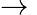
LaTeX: \rightarrow{}